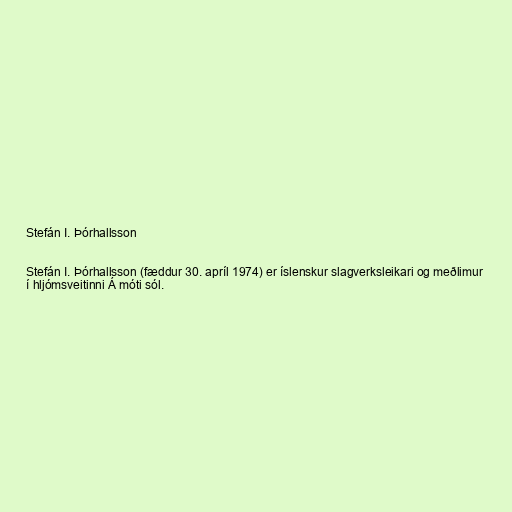
Stefán I. Þórhallsson

Stefán I. Þórhallsson (fæddur 30. apríl 1974) er íslenskur slagverksleikari og meðlimur
í hljómsveitinni Á móti sól.